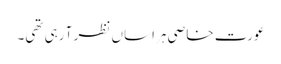
عورت خاصی ہراساں نظر آ رہی تھی۔